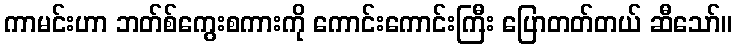
ကာမင်းဟာ ဘတ်စ်ကွေးစကားကို ကောင်းကောင်းကြီး ပြောတတ်တယ် ဆီသော်။